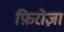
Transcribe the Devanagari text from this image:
फ़िरोज़ा